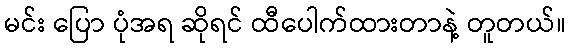
မင်း ပြော ပုံအရ ဆိုရင် ထီပေါက်ထားတာနဲ့ တူတယ်။